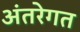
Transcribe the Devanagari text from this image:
अंतरेगत